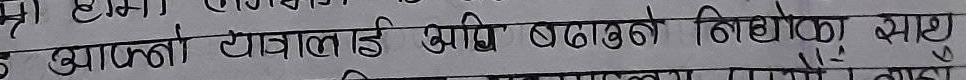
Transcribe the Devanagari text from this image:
उ आफ्नो यात्रालाई अघि बढाउने निशेका साथु